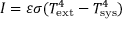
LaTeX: I = \varepsilon \sigma ( T _ { \mathrm { e x t } } ^ { 4 } - T _ { \mathrm { s y s } } ^ { 4 } )